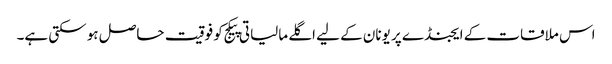
اس ملاقات کے ایجنڈے پر یونان کے لیے اگلے مالیاتی پیکج کو فوقیت حاصل ہو سکتی ہے۔